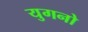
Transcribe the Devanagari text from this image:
युगनो